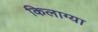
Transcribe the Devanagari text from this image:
किलाग्या